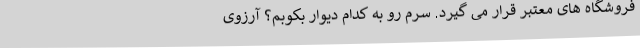
فروشگاه های معتبر قرار می گیرد. سرم رو به کدام دیوار بکوبم؟ آرزوی